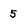
Character: 5